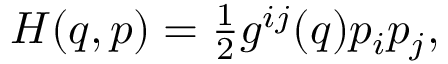
\begin{array} { r } { H ( q , p ) = \frac { 1 } { 2 } g ^ { i j } ( q ) p _ { i } p _ { j } , } \end{array}